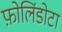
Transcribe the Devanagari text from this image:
फ़ोलिंडोटा